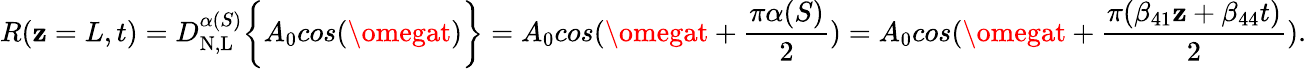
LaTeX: R(\mathbf{z}=L,t)=D_{\mathrm{{N,L}}}^{\alpha(S)}\bigg\{ {A_{0}cos(\omegat)\bigg\} }=A_{0}cos(\omegat+\frac{{\pi\alpha(S)}}{{2}})=A_{0}cos(\omegat+\frac{{\pi(\beta_{41}\mathbf{z}+\beta_{44}t)}}{{2}}).